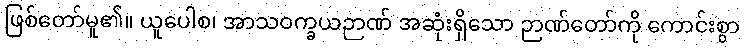
ဖြစ်တော်မူ၏။ ယူပေါစ၊ အာသဝက္ခယဉာဏ် အဆုံးရှိသော ဉာဏ်တော်ကို ကောင်းစွာ